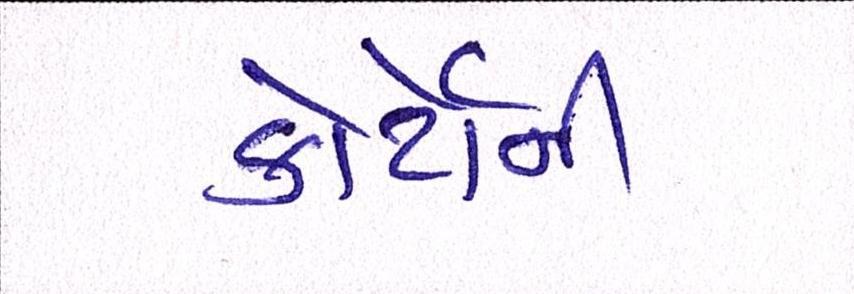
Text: કોર્ટોની